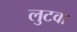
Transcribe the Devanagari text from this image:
लुटवा